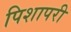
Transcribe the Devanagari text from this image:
पिशापरी